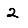
Digit: 2